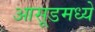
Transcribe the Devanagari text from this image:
आसूडमध्ये